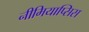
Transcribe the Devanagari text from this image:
नीमियाप्सिस